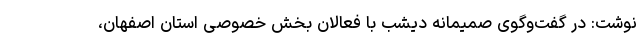
نوشت:‌ در گفت‌وگوی صمیمانه‌ دیشب با فعالان بخش خصوصی استان اصفهان،‌